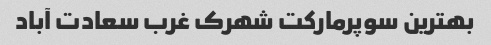
بهترین سوپرمارکت شهرک غرب سعادت آباد